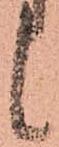
候